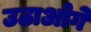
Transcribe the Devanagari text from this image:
उठाओगे